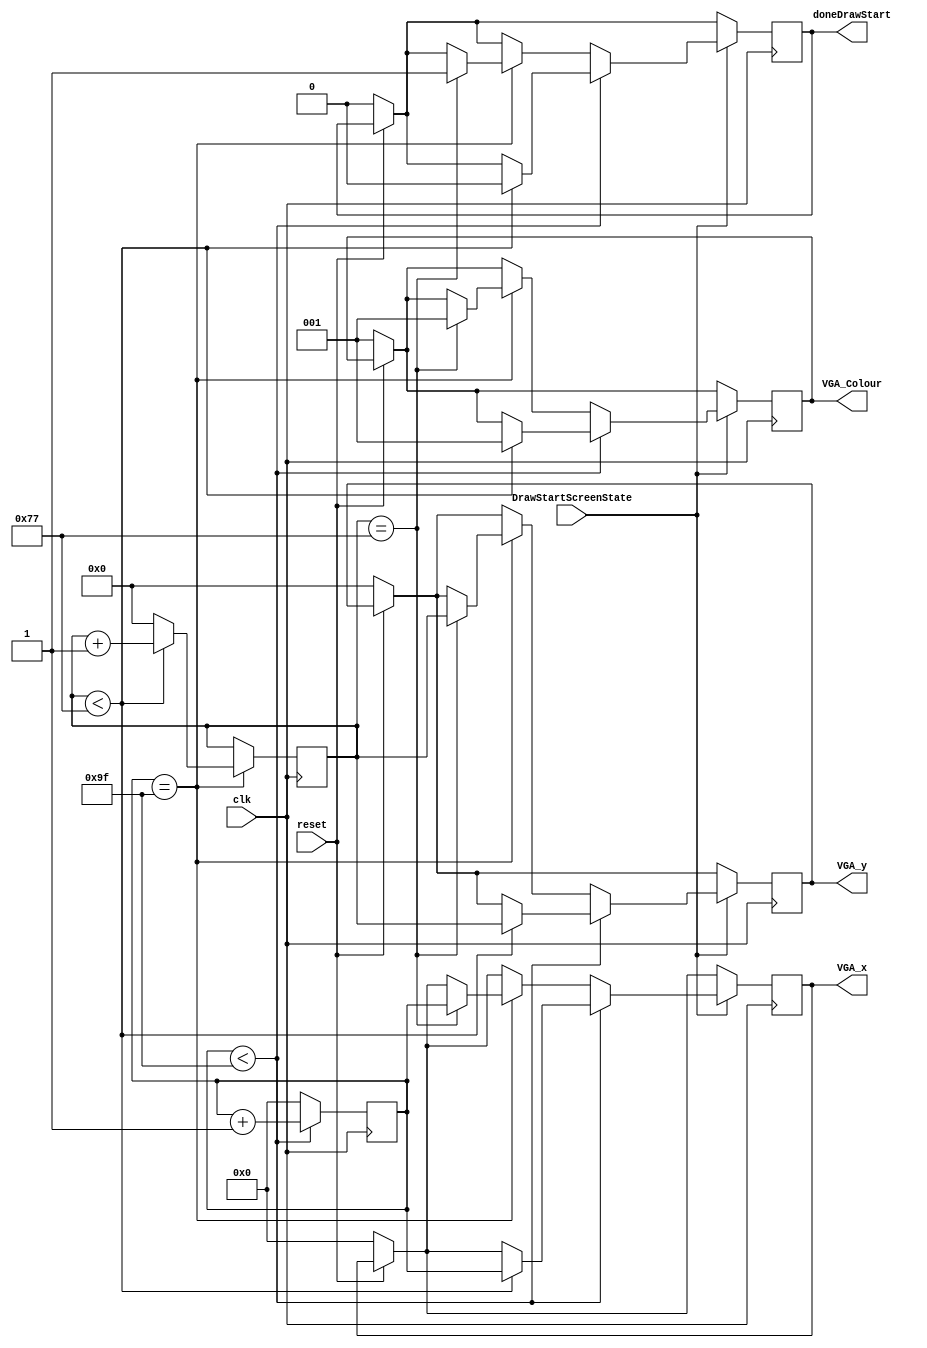
module drawStart(	
	input clk, reset,
	input DrawStartScreenState,
	output reg [2:0] VGA_Colour,// VGA pixel colour (RGB)
	output reg [7:0] VGA_x, 
	output reg [6:0] VGA_y,
	output reg doneDrawStart
	);

	reg [7:0] counter_x = 0;  // horizontal counter
	reg [6:0] counter_y = 0;  // vertical counter
	
	
	always @(posedge clk)  // horizontal counter
	begin 
		if (counter_x < 8'd159)
			counter_x <= counter_x + 1;  // horizontal counter total of 159 horizontal pixels
		else
			counter_x <= 0;              
	end  // always 
	
	always @ (posedge clk)  // vertical counter
	begin 
		if (counter_x == 8'd159)  // only counts up 1 count after horizontal finishes 159 counts
			begin
				if (counter_y < 7'd119)  // vertical counter total of 119 pixels
					counter_y <= counter_y + 1;
				else
					counter_y <= 0;              
			end  // if (counter_x...
	end  // always
	// end counter
	
	always @ (posedge clk)
	begin
		if (!reset)begin
			VGA_x <= 8'b0;
			VGA_y <= 7'b0;
			VGA_Colour <= 3'b001;//blue
			doneDrawStart <= 1'b0;
		end
		if(DrawStartScreenState)begin
			if (counter_x < 8'd159)begin
				if (counter_y < 7'd119)begin
					VGA_Colour <= 3'b001;	
					VGA_x <= counter_x;
					VGA_y <= counter_y;
					doneDrawStart <= 1'b0;
				end
			end
			else if(counter_x == 8'd 159)begin
				if (counter_y == 7'd119)begin
					VGA_Colour <= 3'b001;	
					VGA_x <= counter_x;
					VGA_y <= counter_y;
					doneDrawStart <= 1'b1;
				end	
			end	
		end
	end
endmodule